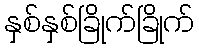
နှစ်နှစ်ခြိုက်ခြိုက်